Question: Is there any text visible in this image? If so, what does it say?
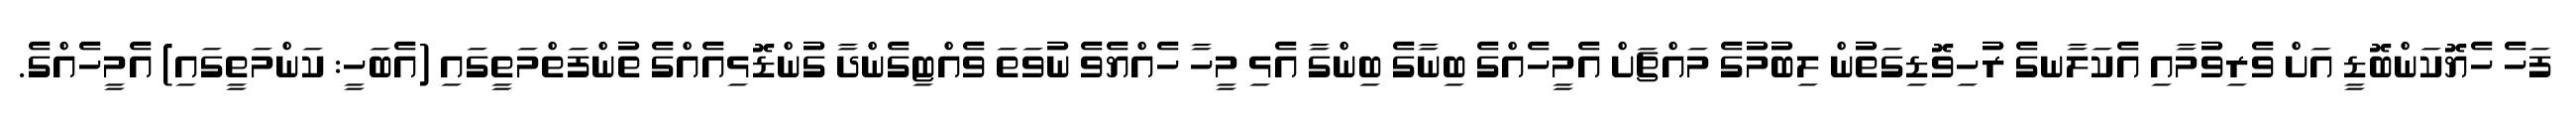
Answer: ފަހެ ހެޔޮކަންބޮޑީ އަށް ވެރިވުމާއި އެކަލާނގެ ރުހިވޮޑިގަތުން ލިބުމުގެ މައްޗަށް އެމީހެއްގެ ބިނާގެ ބިންގާ އެޅި މީހާ ހެއްޔެވެ ނުވަތަ ވެއްޓިގެންދާ ގުންޑޮޅިއެއްގެ ތުންފަތްމަތީގައި (އެބަހީ: ކަންމަތީގައި) އެމީހެއްގެ.